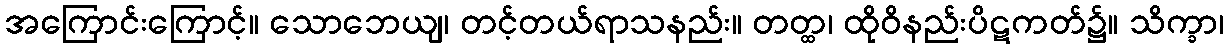
အကြောင်းကြောင့်။ သောဘေယျ၊ တင့်တယ်ရာသနည်း။ တတ္ထ၊ ထိုဝိနည်းပိဋကတ်၌။ သိက္ခာ၊